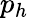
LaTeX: p_{h}